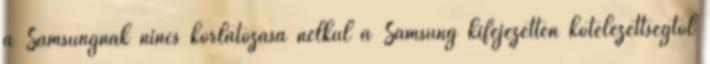
a Samsungnak nincs korlátozása nélkül a Samsung kifejezetten kötelezettségtől